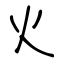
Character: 火